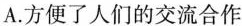
A.方便了人们的交流合作